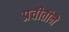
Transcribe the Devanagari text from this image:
प्रचीतीने